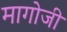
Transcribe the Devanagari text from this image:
मागोजी